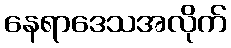
နေရာဒေသအလိုက်